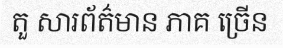
តួ សារព័ត៌មាន ភាគ ច្រើន